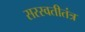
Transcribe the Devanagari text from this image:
सरस्वतीतंत्र